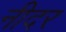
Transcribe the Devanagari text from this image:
नीदर